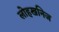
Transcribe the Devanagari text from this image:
लोहखनिज